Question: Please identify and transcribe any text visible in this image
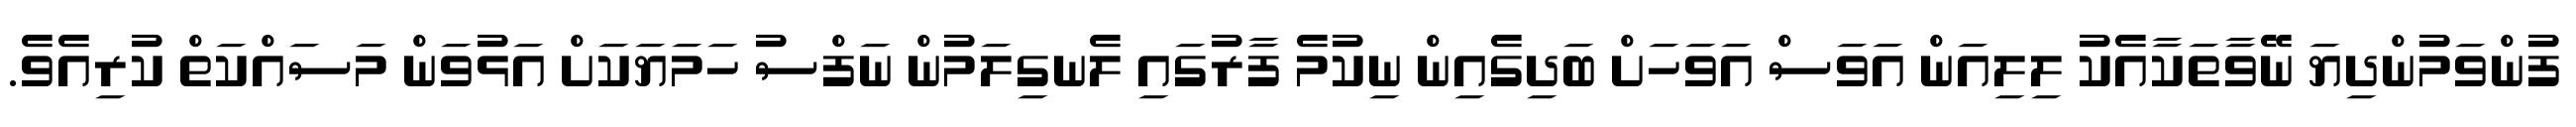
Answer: ފުންވަމުންދިޔަ ނޭވާތަކާއެކު ލިލިއަން އަވަސް އަވަހަށް ބަދިގެއިން ނިކުމެ ފާރުގައި ލެނގިލަމުން ނަފްސު ހަމަޔަކަށް އަޅުވަން މަސައްކަތް ކުރިއެވެ.